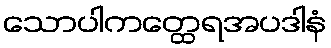
သောပါကတ္ထေရအပဒါနံ